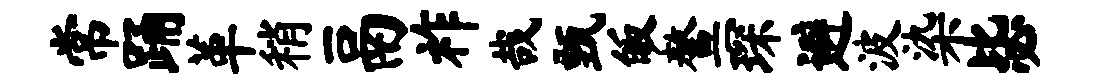
常踊革稍鬲祚哉甄皈鳌琛避波染毖